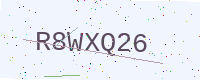
Text: R8WXQ26